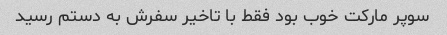
سوپر مارکت خوب بود فقط با تاخیر سفرش به دستم رسید